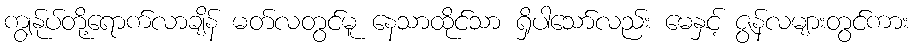
ကျွန်ုပ်တို့ရောက်လာချိန် မတ်လတွင်မူ နေသာထိုင်သာ ရှိပါသော်လည်း မေနှင့် ဇွန်လများတွင်ကား